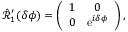
\begin{array} { r } { \hat { \mathcal { R } } _ { 1 } ^ { \prime } ( \delta \phi ) = \left( \begin{array} { c c } { 1 } & { 0 } \\ { 0 } & { \mathrm { e } ^ { i \delta \phi } } \end{array} \right) , } \end{array}